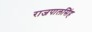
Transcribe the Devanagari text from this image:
राजपालसिंह